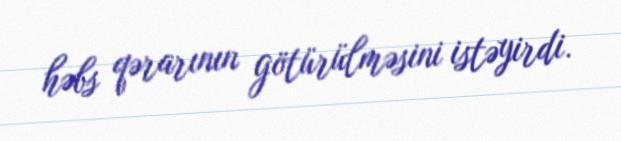
həbs qərarının götürülməsini istəyirdi.